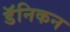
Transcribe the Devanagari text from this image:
डॅनिकन